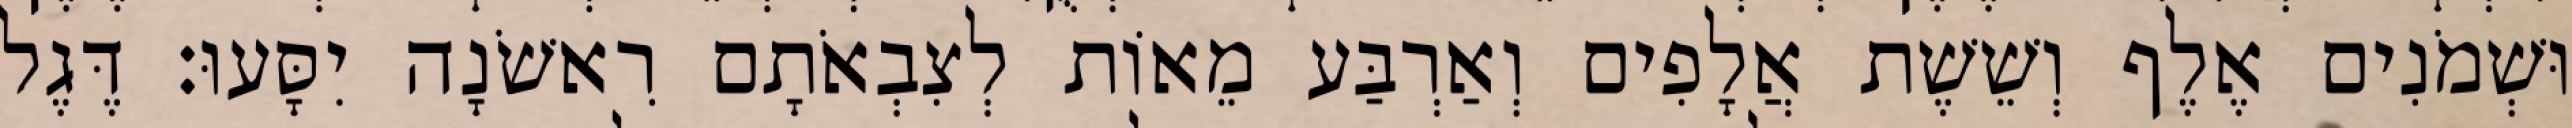
וּשְׁמֹנִים אֶלֶף וְשֵׁשֶׁת אֲלָפִים וְאַרְבַּע מֵאוֹת לְצִבְאֹתָם רִאשֹׁנָה יִסָּעוּ׃ דֶּגֶל